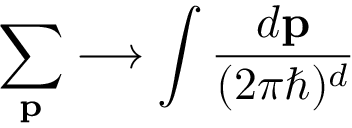
\sum _ { \mathbf { p } } \longrightarrow \int \frac { d \mathbf { p } } { ( 2 \pi \hbar ) ^ { d } }